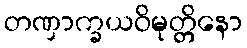
တဏှာက္ခယဝိမုတ္တိနော